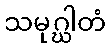
သမုဂ္ဃါတံ